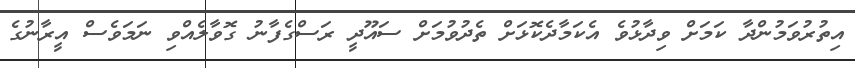
އިތުރުވަމުންދާ ކަމަށް ވިދާޅުވެ އެކަމާދެކޮޅަށް ތެދުވުމަށް ސައޫދީ ރަސްގެފާނު ގޮވާލެއްވި ނަމަވެސް އީރާނުގެ